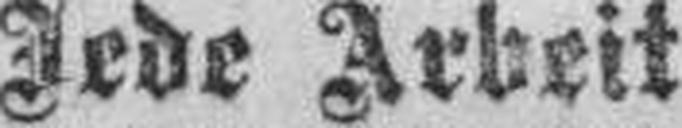
Jede Arbeit